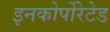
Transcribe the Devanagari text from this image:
इनकोर्पोरेटेड